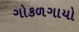
ગોકળગાયો